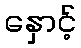
နှောင့်